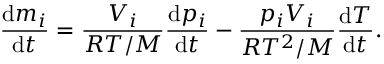
\frac { \mathrm { d } m _ { i } } { \mathrm { d } t } = \frac { V _ { i } } { R T / M } \frac { \mathrm { d } p _ { i } } { \mathrm { d } t } - \frac { p _ { i } V _ { i } } { R T ^ { 2 } / M } \frac { \mathrm { d } T } { \mathrm { d } t } .